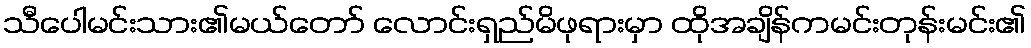
သီပေါမင်းသား၏မယ်တော် လောင်းရှည်မိဖုရားမှာ ထိုအချိန်ကမင်းတုန်းမင်း၏